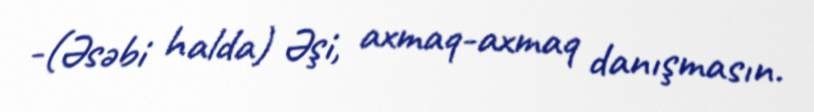
-(Əsəbi halda) Əşi, axmaq-axmaq danışmasın.